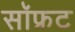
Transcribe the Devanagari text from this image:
सॉफ्रट